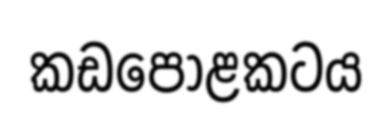
කඩපොළකටය